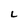
Character: L